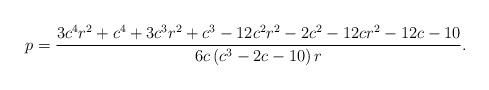
LaTeX: \begin{align*}p=\frac{3 c^4 r^2+c^4+3 c^3 r^2+c^3-12 c^2 r^2-2 c^2-12 c r^2-12 c-10}{6 c \left(c^3-2 c-10\right) r}.\end{align*}